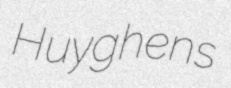
Huyghens